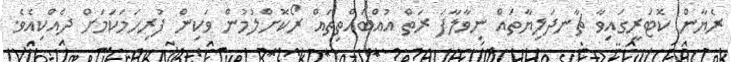
ރެޔާން ކޮޓަރީގައިވާ ޗާނދަލިޔާތައް ނިވާލާފަ ރަތް އުއްބައްތިތައް ރޯކޮށްލުމުން ވަކިން ފުރިހަމަކަމަށް ދެއްކިއެވެ.